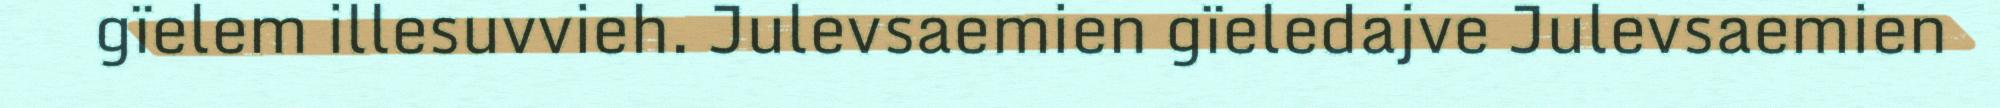
gïelem illesuvvieh. Julevsaemien gïeledajve Julevsaemien